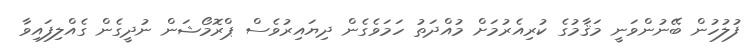
ފުލުހުން ބޭނުންވަނީ މަޤާމުގެ ކުރިއެރުމަށް މުއްދަތު ހަމަވެގެން ދިޔައިރުވެސް ޕްރޮމޯޝަން ނުދީގެން ގެއްލިފައިވާ